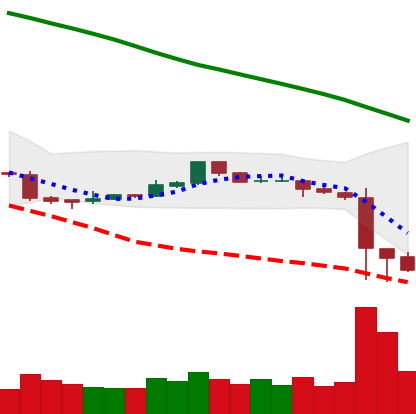
Ticker: ETC-USD
Chart end date: 2018-11-16
Forward return: -22.891%
Label: down_7plus